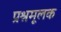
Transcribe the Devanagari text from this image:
प्रश्नमूलक